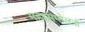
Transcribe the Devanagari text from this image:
महासम्मेलनों